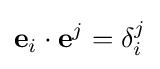
\mathbf {e} _{i}\cdot \mathbf {e} ^{j}=\delta _{i}^{j}